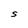
Character: S